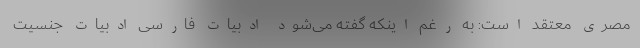
مصری معتقد است: به رغم اینکه گفته می‌شود ادبیات فارسی ادبیات جنسیت